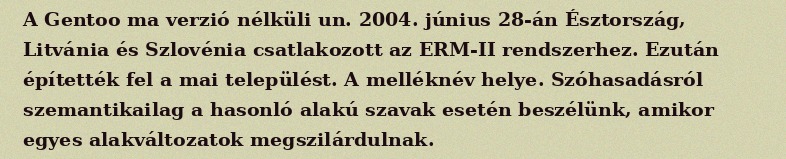
A Gentoo ma verzió nélküli un. 2004. június 28-án Észtország, Litvánia és Szlovénia csatlakozott az ERM-II rendszerhez. Ezután építették fel a mai települést. A melléknév helye. Szóhasadásról szemantikailag a hasonló alakú szavak esetén beszélünk, amikor egyes alakváltozatok megszilárdulnak.